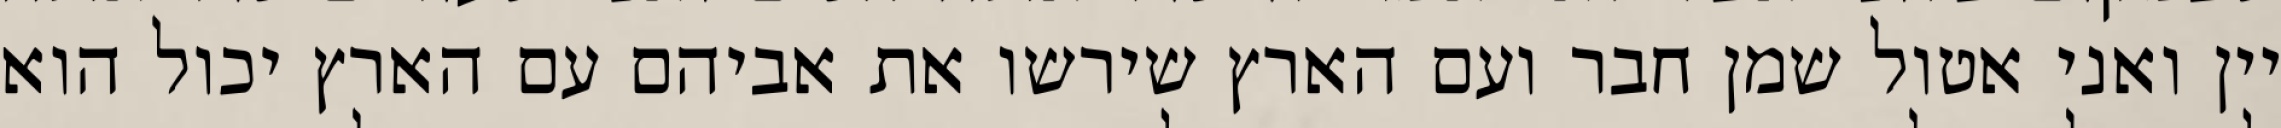
יין ואני אטול שמן חבר ועם הארץ שירשו את אביהם עם הארץ יכול הוא